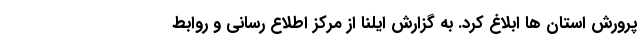
پرورش استان ها ابلاغ کرد. به گزارش ایلنا از مرکز اطلاع رسانی و روابط